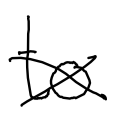
Text: to
Cross-out: cross
Writing tool: digital_black